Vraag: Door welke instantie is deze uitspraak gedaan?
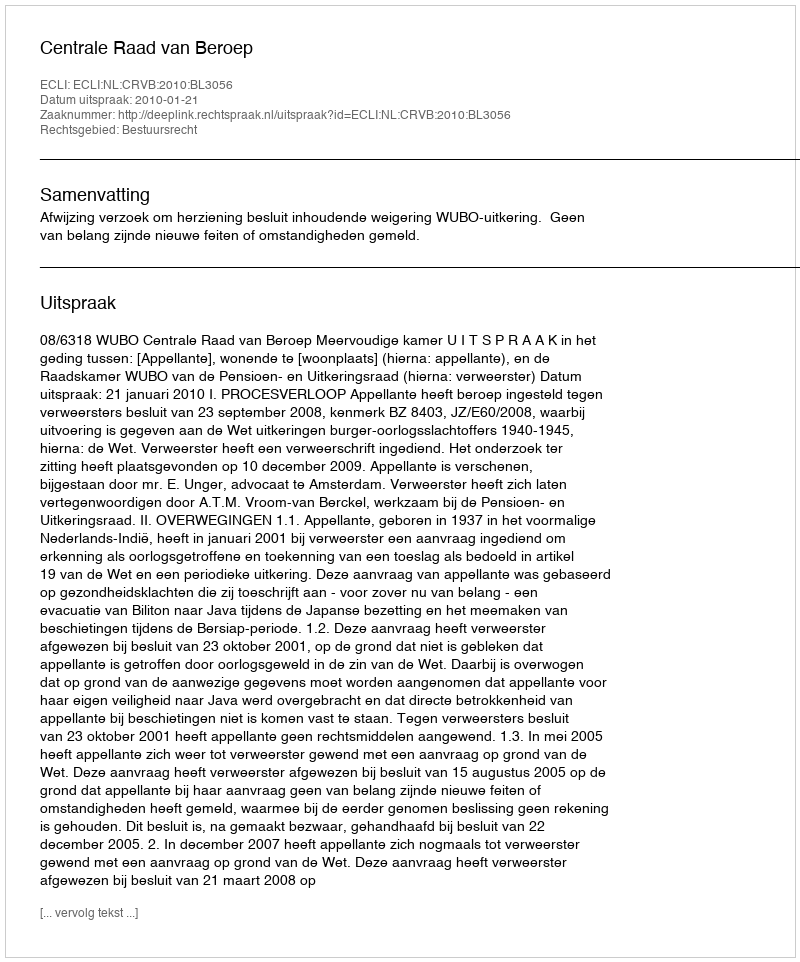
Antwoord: Centrale Raad van Beroep